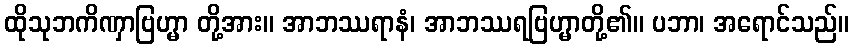
ထိုသုဘကိဏှာဗြဟ္မာ တို့အား။ အာဘဿရာနံ၊ အာဘဿရဗြဟ္မာတို့၏။ ပဘာ၊ အရောင်သည်။